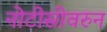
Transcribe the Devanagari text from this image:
नोटीसीवरुन